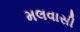
મલવાસી